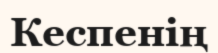
Кеспенің